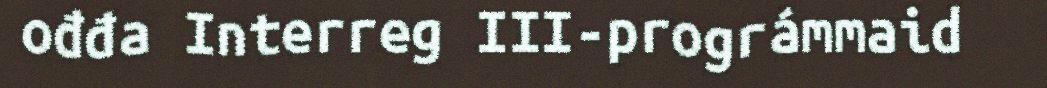
ođđa Interreg III-prográmmaid